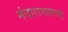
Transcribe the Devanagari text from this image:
मंदाराचलासह